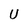
Character: U